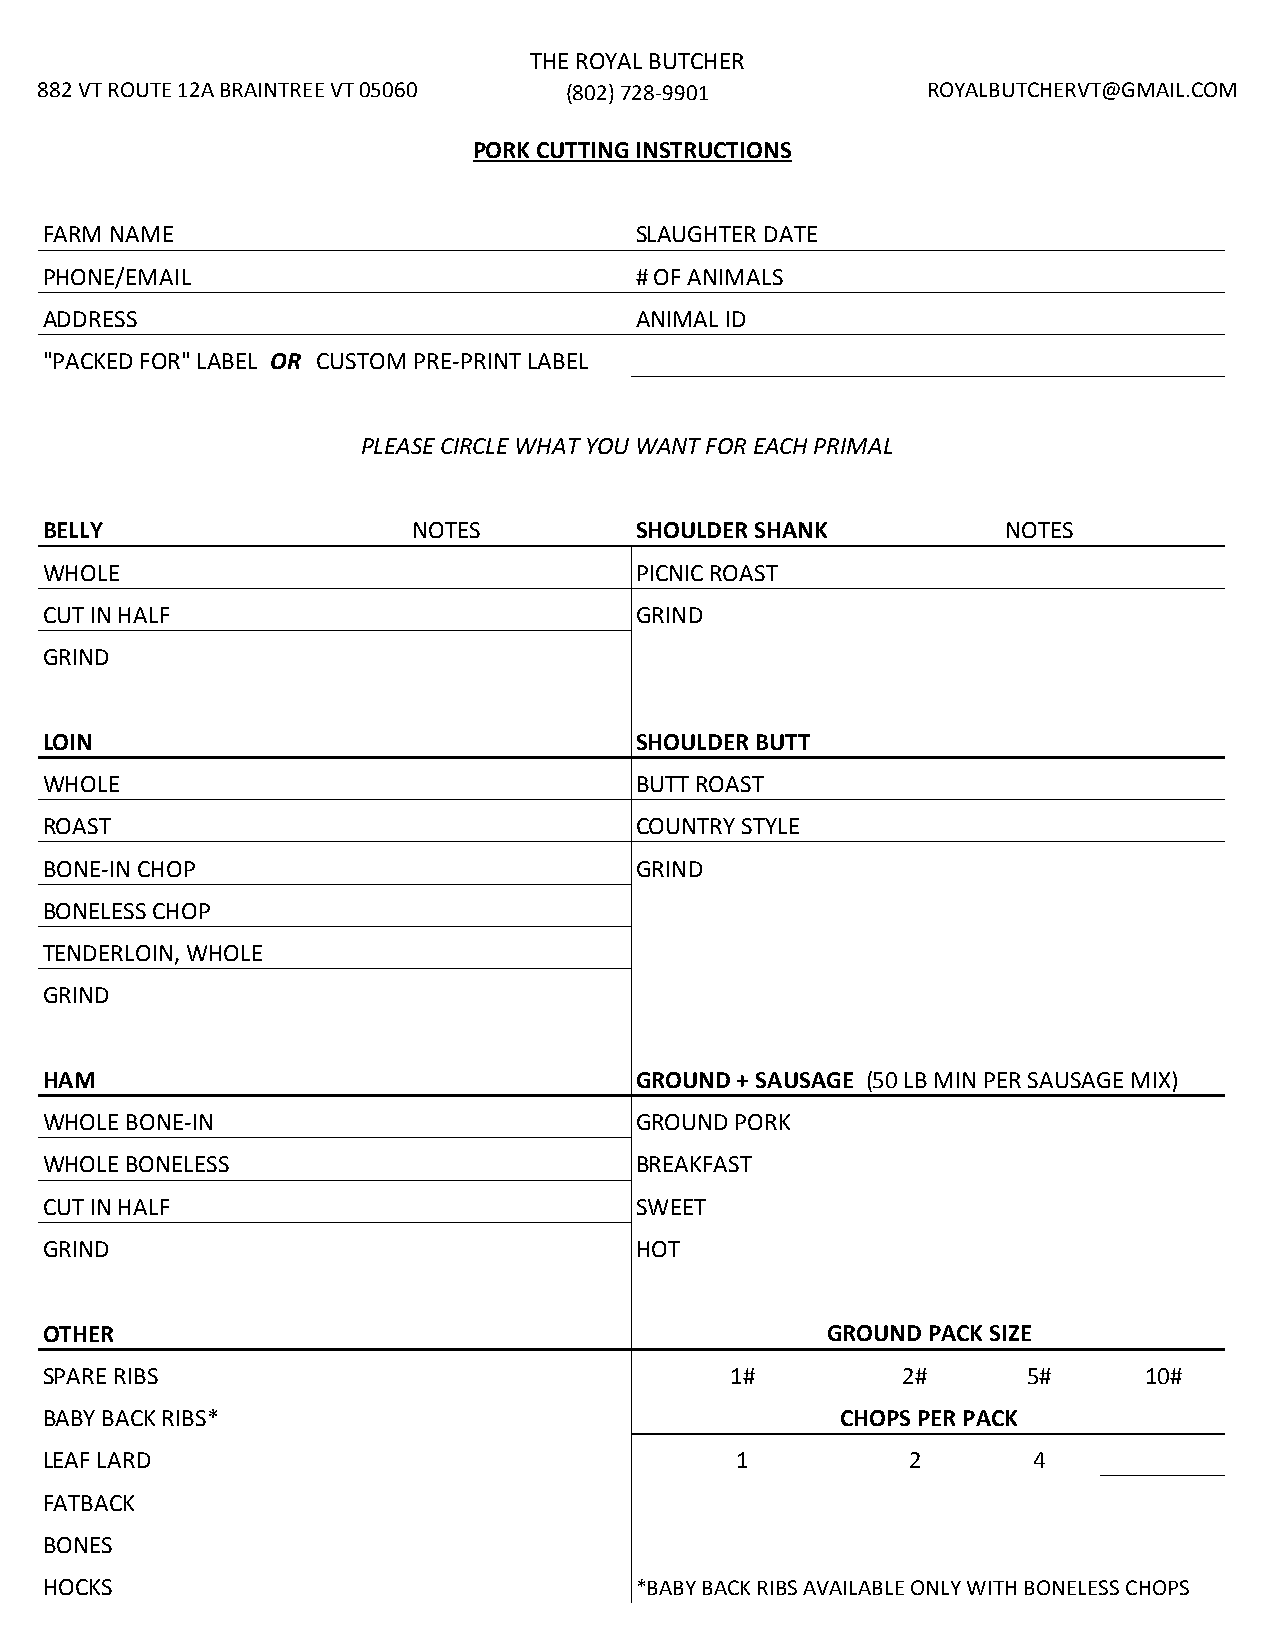
THE ROYAL BUTCHER
 882 VT ROUTE 12A BRAINTREE VT 05060 (802) 728-9901         ROYALBUTCHERVT@GMAIL.COM
 PORK CUTTING INSTRUCTIONS
 FARM NAME                               SLAUGHTER DATE
 PHONE/EMAIL                             # OF ANIMALS
 ADDRESS                                 ANIMAL ID
 "PACKED FOR" LABEL OR CUSTOM PRE-PRINT LABEL
 PLEASE CIRCLE WHAT YOU WANT FOR EACH PRIMAL
 BELLY                    NOTES          SHOULDER SHANK          NOTES
 WHOLE                                   PICNIC ROAST
 CUT IN HALF                             GRIND
 GRIND
 LOIN                                    SHOULDER BUTT
 WHOLE                                   BUTT ROAST
 ROAST                                   COUNTRY STYLE
 BONE-IN CHOP                            GRIND
 BONELESS CHOP
 TENDERLOIN, WHOLE
 GRIND
 HAM                                     GROUND + SAUSAGE (50 LB MIN PER SAUSAGE MIX)
 WHOLE BONE-IN                           GROUND PORK
 WHOLE BONELESS                          BREAKFAST
 CUT IN HALF                             SWEET
 GRIND                                   HOT
 OTHER                                               GROUND PACK SIZE
 SPARE RIBS                                    1#         2#       5#     10#
 BABY BACK RIBS*                                      CHOPS PER PACK
 LEAF LARD                                     1           2       4
 FATBACK
 BONES
 HOCKS                                   *BABY BACK RIBS AVAILABLE ONLY WITH BONELESS CHOPS